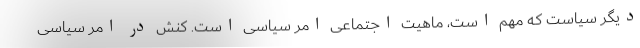
دیگر سیاست که مهم است، ماهیت اجتماعی امر سیاسی است. کنش در امر سیاسی